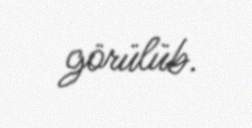
görülüb.